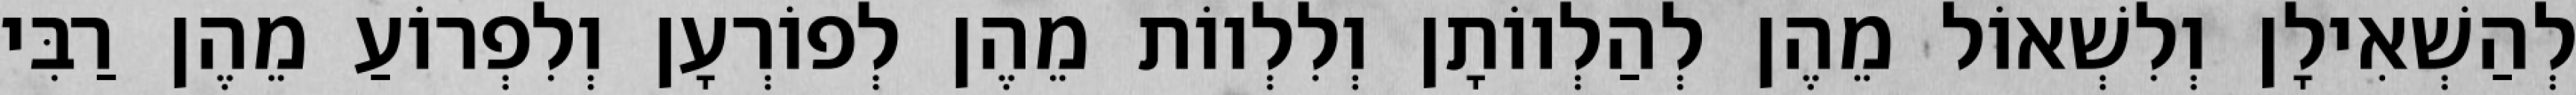
לְהַשְׁאִילָן וְלִשְׁאוֹל מֵהֶן לְהַלְווֹתָן וְלִלְווֹת מֵהֶן לְפוֹרְעָן וְלִפְרוֹעַ מֵהֶן רַבִּי